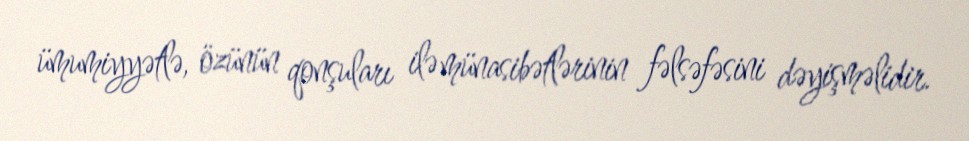
ümumiyyətlə, özünün qonşuları ilə münasibətlərinin fəlsəfəsini dəyişməlidir.